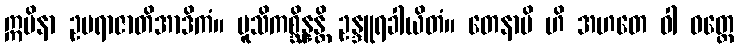
ဣမိနာ ဥပရာဇာတိအာဒိကံ။ မူသိကစ္ဆိန္နန္တိ ဥန္ဒူရခါယိတံ။ တေနာပိ ဟိ အဟတေ ဝါ ဝတ္ထေ